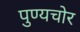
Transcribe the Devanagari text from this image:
पुण्यचोर